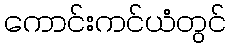
ကောင်းကင်ယံတွင်